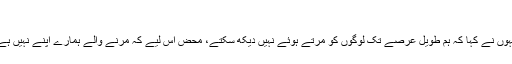
‘‘
انہوں نے کہا کہ ہم طویل عرصے تک لوگوں کو مرتے ہوئے نہیں دیکھ سکتے، محض اس لیے کہ مرنے والے ہمارے اپنے نہیں ہے۔